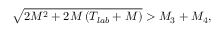
\sqrt { 2 M ^ { 2 } + 2 M \left( T _ { l a b } + M \right) } > M _ { 3 } + M _ { 4 } ,